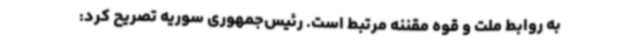
به روابط ملت و قوه مقننه مرتبط است. رئیس‌جمهوری سوریه تصریح کرد: